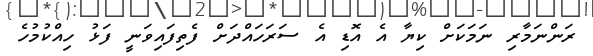
ރަންނަމާރި ނަމަކަށް ކިޔާ އެ އޮޑި އެ ސަރަހައްދަށް ފެތިފައިވަނީ ފަޅު ހިއްކުމުހެ